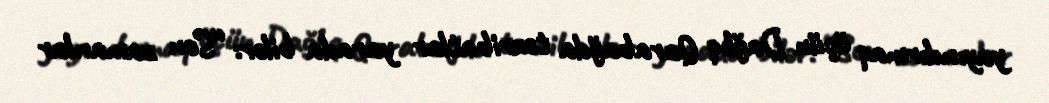
yayındırmaq üçün Dağlıq Qarabağda təxribatlar yarada bilər: “Son zamanlar